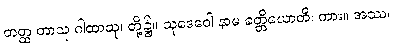
တတ္ထ တာသု ဂါထာသု၊ တို့၌။ သုဒေဝေါ နာမ ခတ္တိယောတိ၊ ကား။ အဿ၊